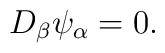
D_\beta\psi_\alpha =  0.